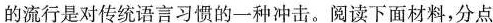
的流行是对传统语言习惯的一种冲击。阅读下面材料，分点